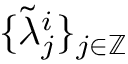
\{ \Tilde { \lambda } _ { j } ^ { i } \} _ { j \in \mathbb { Z } }